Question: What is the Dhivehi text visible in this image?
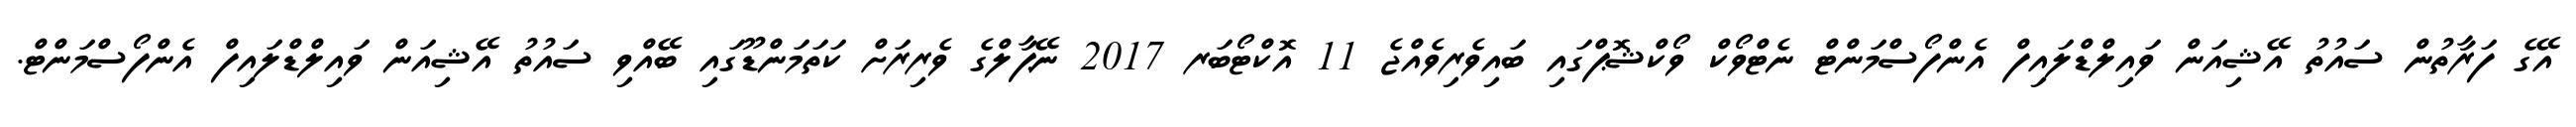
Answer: އޭގެ ފަރާތުން ސައުތު އޭޝިއަން ވައިލްޑްލައިފް އެންފޯސްމަންޓް ނެޓްވޯކް ވޯކްޝޮޕްގައި ބައިވެރިވެއްޖެ 11 އޮކްޓޯބަރ 2017 ނޭޕާލްގެ ވެރިރަށް ކަތަމަންޑޫގައި ބޭއްވި ސައުތު އޭޝިއަން ވައިލްޑްލައިފް އެންފޯސްމަންޓް.